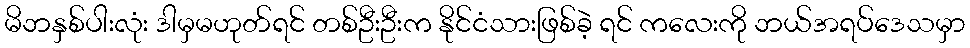
မိဘနှစ်ပါးလုံး ဒါမှမဟုတ်ရင် တစ်ဦးဦးက နိုင်ငံသားဖြစ်ခဲ့ ရင် ကလေးကို ဘယ်အရပ်ဒေသမှာ